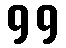
99